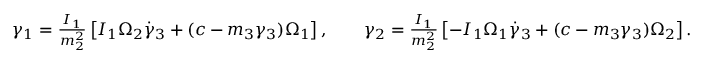
\begin{array} { r } { \gamma _ { 1 } = \frac { I _ { 1 } } { m _ { 2 } ^ { 2 } } \left[ I _ { 1 } \Omega _ { 2 } \dot { \gamma } _ { 3 } + ( c - m _ { 3 } \gamma _ { 3 } ) \Omega _ { 1 } \right] , \qquad \gamma _ { 2 } = \frac { I _ { 1 } } { m _ { 2 } ^ { 2 } } \left[ - I _ { 1 } \Omega _ { 1 } \dot { \gamma } _ { 3 } + ( c - m _ { 3 } \gamma _ { 3 } ) \Omega _ { 2 } \right] . } \end{array}